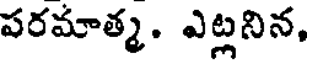
పరమాత్మ. ఎట్లనిన,